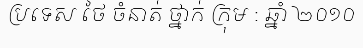
ប្រទេស ថៃ ចំនាត់ ថ្នាក់ ក្រុម : ឆ្នាំ ២០១០